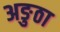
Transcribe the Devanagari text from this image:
अङुठा